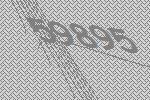
59895